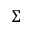
\Sigma